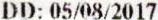
DD: 05/08/2017